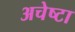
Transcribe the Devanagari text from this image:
अचेष्टा